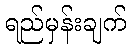
ရည်မှန်းချက်